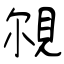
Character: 覙